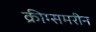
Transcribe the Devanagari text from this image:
क्रीग्समरीन